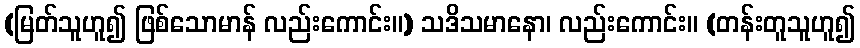
(မြတ်သူဟူ၍ ဖြစ်သောမာန် လည်းကောင်း။) သဒိသမာနော၊ လည်းကောင်း။ (တန်းတူသူဟူ၍